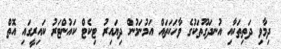
ދިމާވި ދަތިތަކާއި އުނދަގޫތަކުގެ ވާހަކަތައް އަމުނަމުން ދިޔައިރު ޓިކެޓް ކައުންޓަރު ކައިރީގައި އޮތް